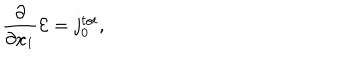
LaTeX: \frac { \partial } { { \partial } x _ { 1 } } { \cal E } = j _ { 0 } ^ { t o t } ,